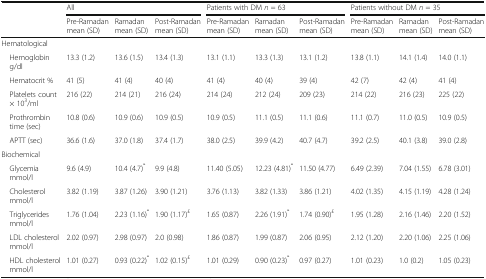
<table><thead><tr><td rowspan="2"></td><td colspan="3"><b>All</b></td><td colspan="3"><b>Patients with DM <i>n</i> = 63</b></td><td colspan="3"><b>Patients without DM <i>n</i> = 35</b></td></tr><tr><td><b>Pre-Ramadanmean (SD)</b></td><td><b>Ramadanmean (SD)</b></td><td><b>Post-Ramadanmean (SD)</b></td><td><b>Pre-Ramadanmean (SD)</b></td><td><b>Ramadanmean (SD)</b></td><td><b>Post-Ramadanmean (SD)</b></td><td><b>Pre-Ramadanmean (SD)</b></td><td><b>Ramadanmean (SD)</b></td><td><b>Post-Ramadanmean (SD)</b></td></tr></thead><tbody><tr><td colspan="9">Hematological</td><td></td></tr><tr><td> Hemoglobin g/dl</td><td>13.3 (1.2)</td><td>13.6 (1.5)</td><td>13.4 (1.3)</td><td>13.1 (1.1)</td><td>13.3 (1.3)</td><td>13.1 (1.2)</td><td>13.8 (1.1)</td><td>14.1 (1.4)</td><td>14.0 (1.1)</td></tr><tr><td> Hematocrit %</td><td>41 (5)</td><td>41 (4)</td><td>40 (4)</td><td>41 (4)</td><td>40 (4)</td><td>39 (4)</td><td>42 (7)</td><td>42 (4)</td><td>41 (4)</td></tr><tr><td> Platelets count × 10<sup>3</sup>/ml</td><td>216 (22)</td><td>214 (21)</td><td>216 (24)</td><td>214 (24)</td><td>212 (24)</td><td>209 (23)</td><td>214 (22)</td><td>216 (23)</td><td>225 (22)</td></tr><tr><td> Prothrombin time (sec)</td><td>10.8 (0.6)</td><td>10.9 (0.6)</td><td>10.9 (0.5)</td><td>10.9 (0.5)</td><td>11.1 (0.5)</td><td>11.1 (0.6)</td><td>11.1 (0.7)</td><td>11.0 (0.5)</td><td>10.9 (0.5)</td></tr><tr><td> APTT (sec)</td><td>36.6 (1.6)</td><td>37.0 (1.8)</td><td>37.4 (1.7)</td><td>38.0 (2.5)</td><td>39.9 (4.2)</td><td>40.7 (4.7)</td><td>39.2 (2.5)</td><td>40.1 (3.8)</td><td>39.0 (2.8)</td></tr><tr><td colspan="9">Biochemical</td><td></td></tr><tr><td> Glycemia mmol/l</td><td>9.6 (4.9)</td><td>10.4 (4.7)<sup>*</sup></td><td>9.9 (4.8)</td><td>11.40 (5.05)</td><td>12.23 (4.81)<sup>*</sup></td><td>11.50 (4.77)</td><td>6.49 (2.39)</td><td>7.04 (1.55)</td><td>6.78 (3.01)</td></tr><tr><td> Cholesterol mmol/l</td><td>3.82 (1.19)</td><td>3.87 (1.26)</td><td>3.90 (1.21)</td><td>3.76 (1.13)</td><td>3.82 (1.33)</td><td>3.86 (1.21)</td><td>4.02 (1.35)</td><td>4.15 (1.19)</td><td>4.28 (1.24)</td></tr><tr><td> Triglycerides mmol/l</td><td>1.76 (1.04)</td><td>2.23 (1.16)<sup>*</sup></td><td>1.90 (1.17)<sup>£</sup></td><td>1.65 (0.87)</td><td>2.26 (1.91)<sup>*</sup></td><td>1.74 (0.90)<sup>£</sup></td><td>1.95 (1.28)</td><td>2.16 (1.46)</td><td>2.20 (1.52)</td></tr><tr><td> LDL cholesterol mmol/l</td><td>2.02 (0.97)</td><td>2.98 (0.97)</td><td>2.0 (0.98)</td><td>1.86 (0.87)</td><td>1.99 (0.87)</td><td>2.06 (0.95)</td><td>2.12 (1.20)</td><td>2.20 (1.06)</td><td>2.25 (1.06)</td></tr><tr><td> HDL cholesterol mmol/l</td><td>1.01 (0.27)</td><td>0.93 (0.22)<sup>*</sup></td><td>1.02 (0.15)<sup>£</sup></td><td>1.01 (0.29)</td><td>0.90 (0.23)<sup>*</sup></td><td>0.97 (0.27)</td><td>1.01 (0.23)</td><td>1.0 (0.2)</td><td>1.05 (0.23)</td></tr></tbody></table>